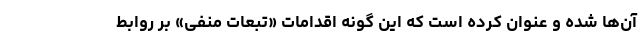
آن‌ها شده و عنوان کرده است که این گونه اقدامات «تبعات منفی» بر روابط